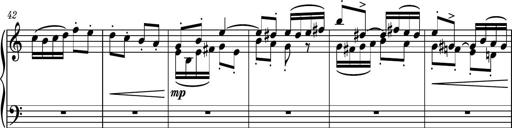
Title: Piano Sonatina No.7
Composer: Dimitri Sykias
Key: G major